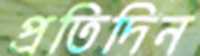
প্রতিদিন